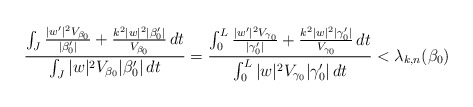
\begin{align*}\frac{\int_J \frac{|w'|^2 V_{\beta_0}}{|\beta_0'|} + \frac{k^2 |w|^2 | \beta_0'|}{V_{\beta_0}} \,dt}{\int_J |w|^2 V_{\beta_0} |\beta_0'| \,dt}= \frac{\int_0^L \frac{|w'|^2 V_{\gamma_0}}{|\gamma_0'|} + \frac{k^2 |w|^2 | \gamma_0'|}{V_{\gamma_0}} \,dt}{\int_0^L |w|^2 V_{\gamma_0} |\gamma_0'| \,dt} < \lambda_{k,n}(\beta_0)\end{align*}